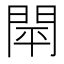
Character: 閛